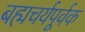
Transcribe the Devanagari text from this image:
बह्मचर्यपूर्वक